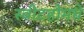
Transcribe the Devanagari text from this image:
स्वीटहोमचे